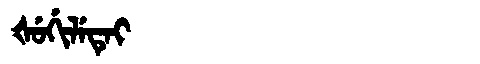
Manchu: ᡧᡠᡤᡳᠯᡝᡨᡝᡳ
Romanization: ŠUGILETEI